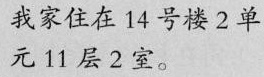
我家住在14号楼2单元11层2室。